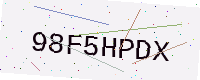
Text: 98F5HPDX